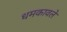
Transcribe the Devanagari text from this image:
धमकावले